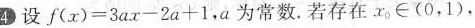
4设 $$f ( x ) = 3 a x - 2 a + 1$$，a为常数。若存在x _{ 0 }∈(0，1)，